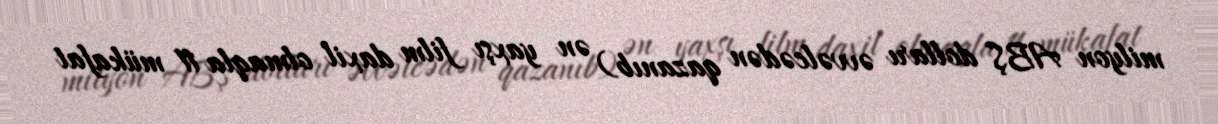
milyon ABŞ dolları əvvəlcədən qazanıb) ən yaxşı film daxil olmaqla 11 mükafat